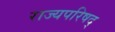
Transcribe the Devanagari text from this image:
राज्यपरिषद्